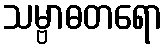
သမ္ဗာဓတရော